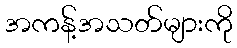
အကန့်အသတ်များကို